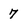
Character: 7